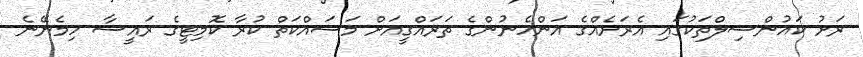
ރަށު ކައުންސިލްތަކުގައި އެރަށެއްގެ އަންހެނުންގެ ތަރައްގީއަށް މަސައްކަތް ކުރާ ކޮމިޓީގެ ރައީސާ ހިމެނޭނެ